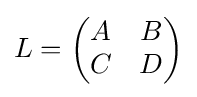
L={\begin{pmatrix}A&B\\C&D\end{pmatrix}}